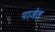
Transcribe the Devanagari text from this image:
पाजेल